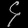
Digit: ၄